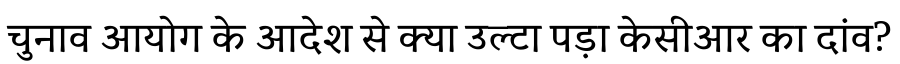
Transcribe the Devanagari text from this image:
चुनाव आयोग के आदेश से क्या उल्टा पड़ा केसीआर का दांव?